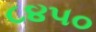
૮૪૫૦